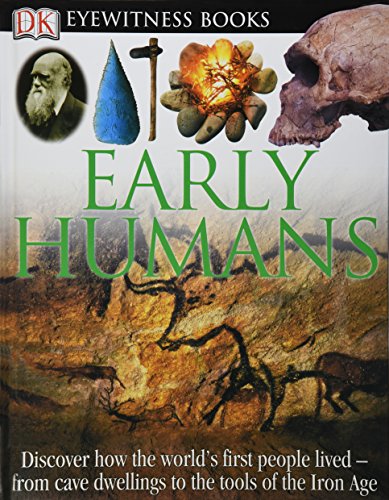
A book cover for DK Eyewitness Books: Early Humans; DK Publishing; Children's Books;